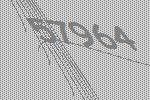
57964